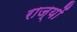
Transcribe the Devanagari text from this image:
राज्योंं